system: You are a helpful assistant.
user:
Analyze the provided spectrum to determine if it is a **"Cataclysmic Variables (CV)"**.

- **Key Indicators for CV (Check for either state):**
    - **State 1: Quiescent / Low-State (Emission-Dominated)**
        - **(Primary):** Strong and *very broad* Hydrogen Balmer emission lines (e.g., $H\alpha$ at 6563 Å, $H\beta$ at 4861 Å). The 'broadness' (high velocity dispersion, often FWHM > 1000 km/s) is the key diagnostic, indicating a high-velocity accretion disk.
        - **(Secondary):** Broad neutral Helium (He I) emission lines (e.g., 5876 Å, 6678 Å).
        - **(Key Confirmation):** Presence of high-excitation *ionized* Helium (He II) emission at 4686 Å. This is a strong indicator of accretion onto a white dwarf.
        - **(Line Profile):** Emission lines may exhibit a 'double-peaked' profile, which is a classic signature of a rotating accretion disk viewed at high inclination.

    - **State 2: Outburst / High-State (Absorption-Dominated)**
        - **(Primary):** Spectrum is dominated by a bright, blue continuum (looks like a hot star).
        - **(Secondary):** The emission lines from State 1 are weak, absent, or 'filled in', and are replaced by broad, shallow *absorption* lines (primarily Balmer and He I).
        - **(Morphology):** The overall spectrum mimics a hot B/A-type star. The crucial difference is that the absorption lines are significantly broader, shallower, and more 'washed-out' (or 'smeared') than the sharp lines of a normal stellar photosphere, due to high rotational speeds and pressure broadening in the disk.

Think first, call **spectral_visualization_tool** if needed to examine features in detail, then provide your final answer. Your response must adhere to the following strict rules:
1.  **Overall Structure:** Your response must follow the format `<think>...</think> <tool_call>...</tool_call> (if a tool is used) <answer>...</answer>`.
2.  **Tool Usage Constraint:** You may only make **one** tool call per turn.
3.  **Final Answer Format:** In the `<answer>` tag, your conclusion must be inside a `\boxed{}` command (e.g., `\boxed{YES}`), followed by your justification.

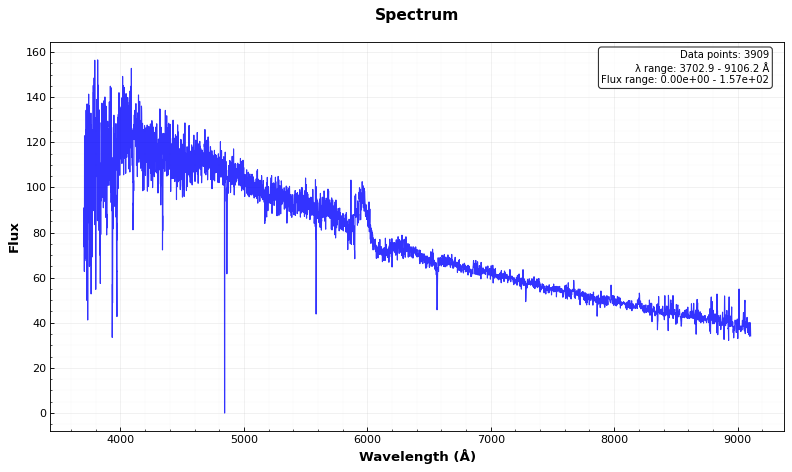
Answer: NO